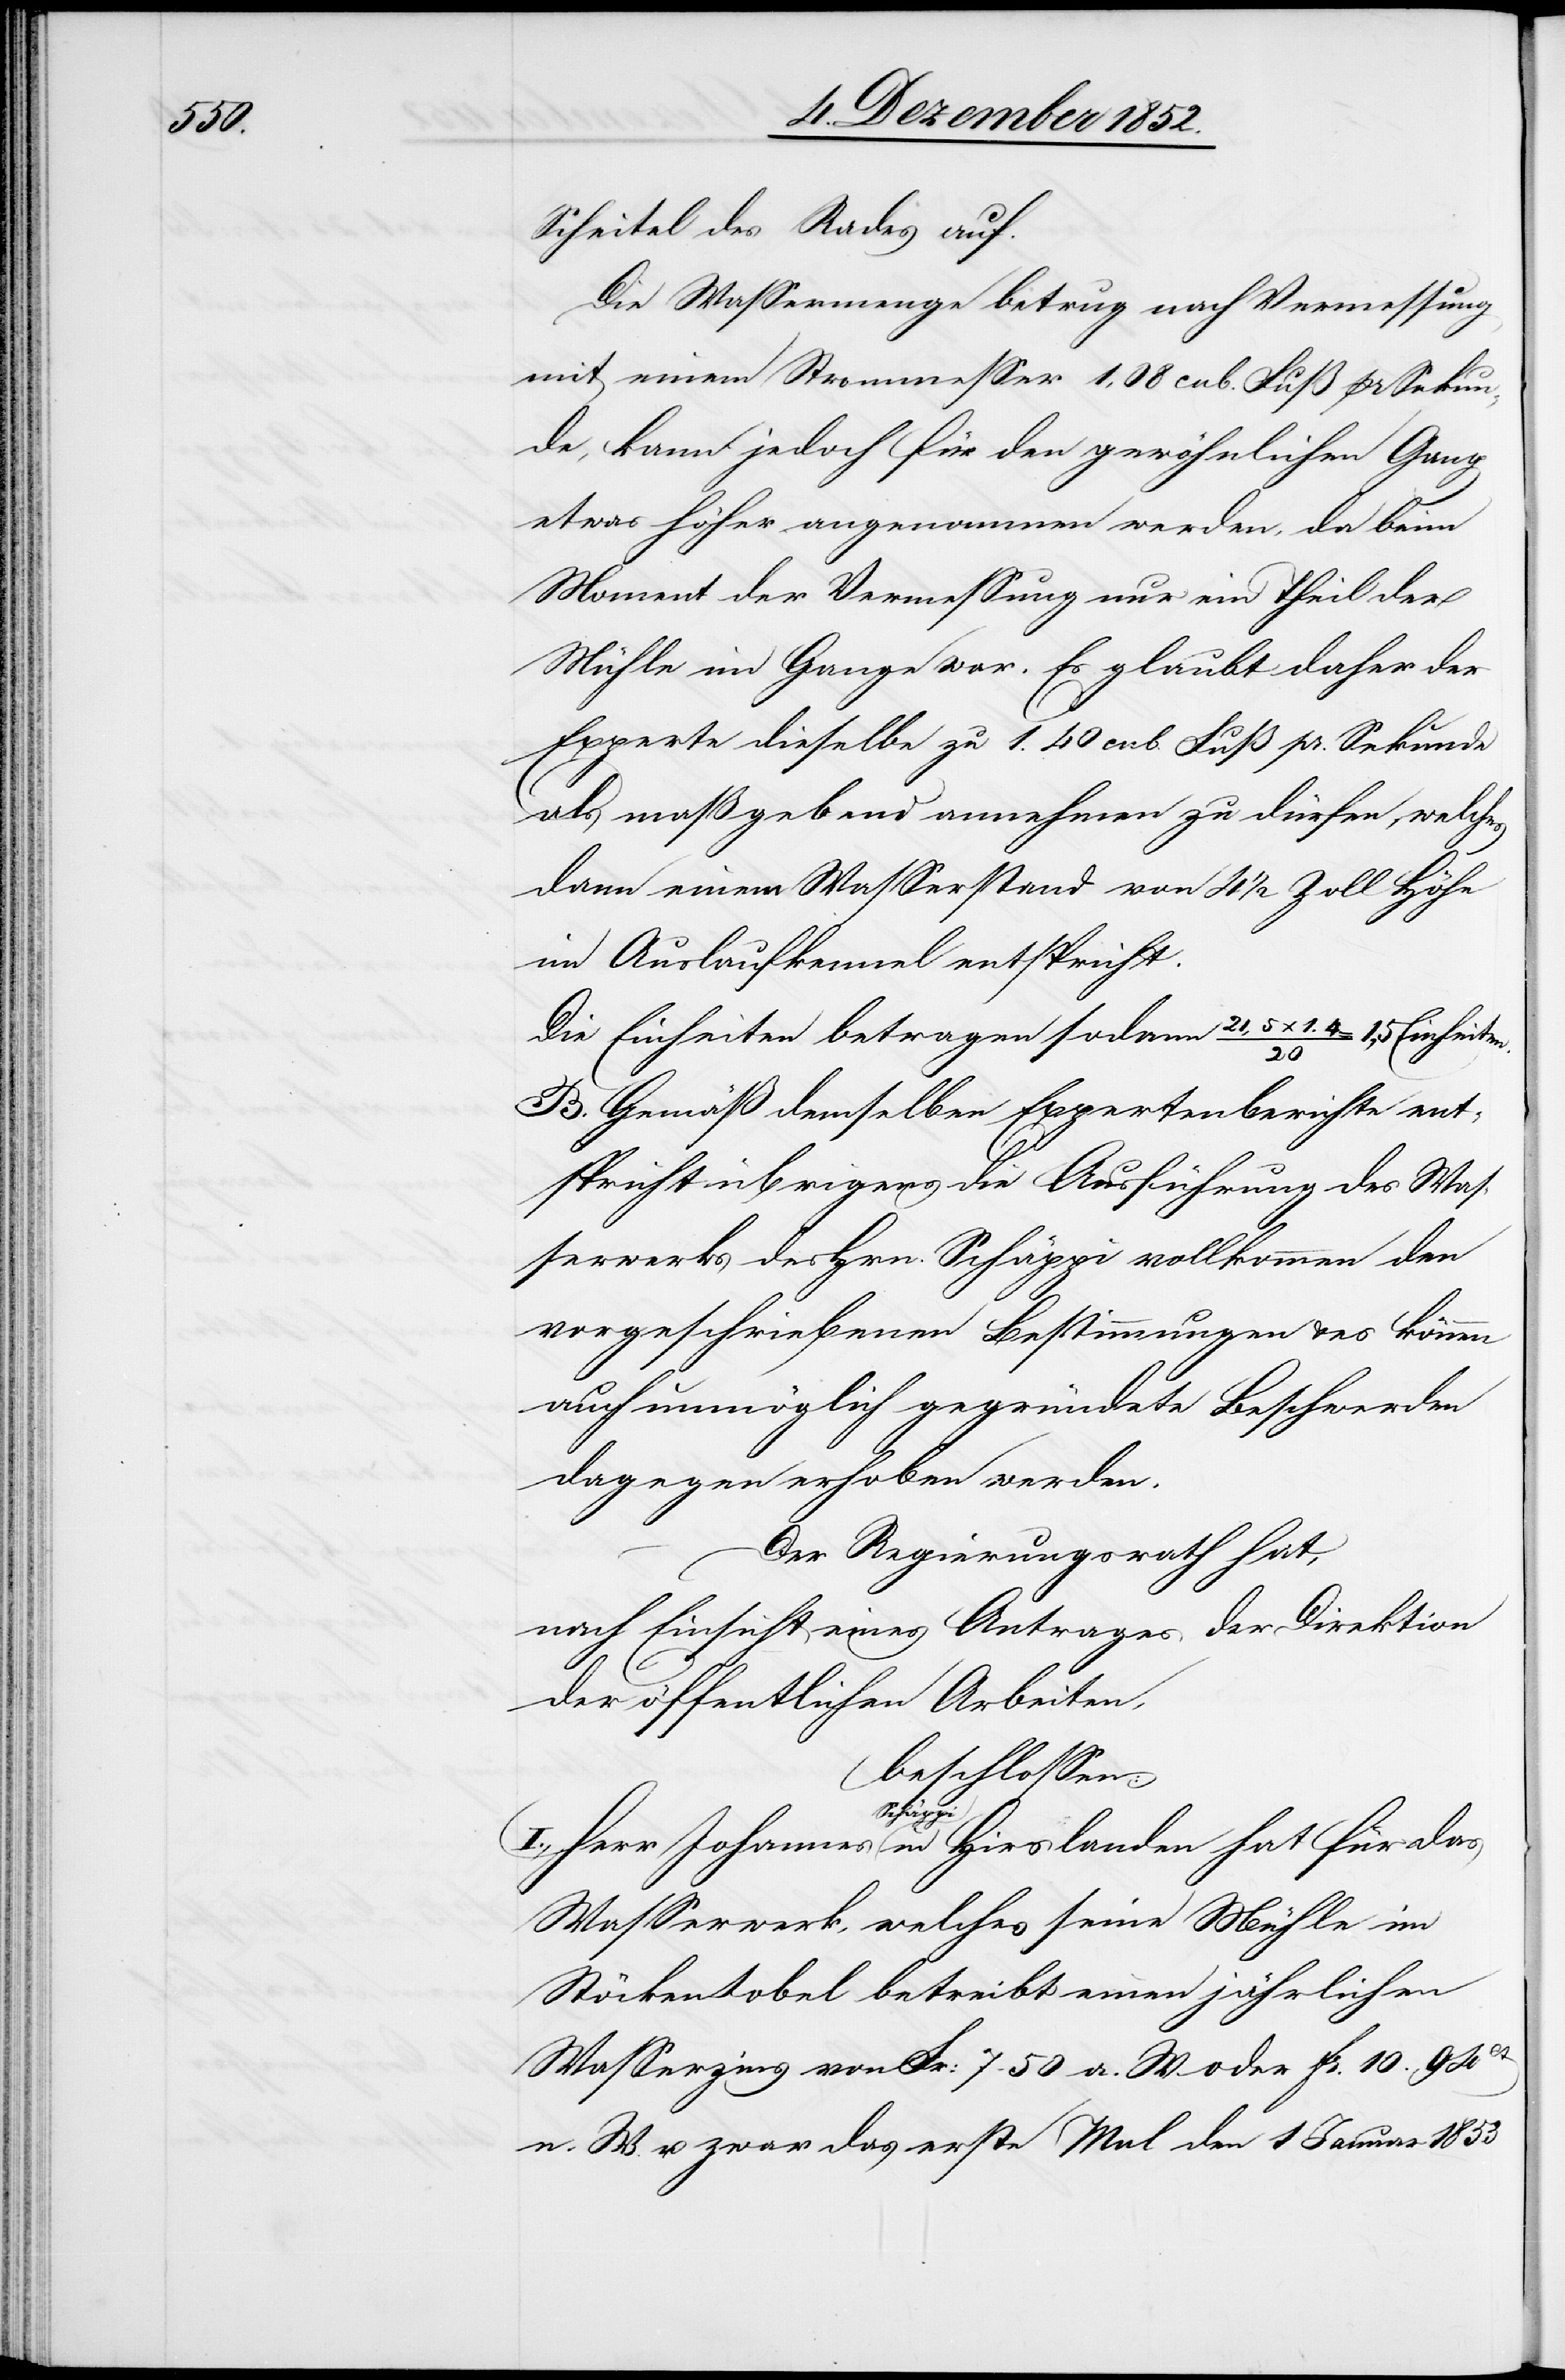
Scheitel des Rades auf.
Die Wassermenge betrug nach Vermessung
mit einem Strommesser 1,08 cub. Fuß pr Sekun¬
de, kann jedoch für den gewöhnlichen Gang
etwas höher angenommen werden, da beim
Moment der Vermessung nur ein Theil der
Mühle im Gange war. Es glaubt daher der
Experte dieselbe zu 1.40 cub. Fuß pr. Sekunde
als maßgebend annehmen zu dürfen, welches
dann einem Wasserstand von 4 1/2 Zoll Höhe
im Auslaufkennel entspricht.
Die Einheiten betragen sodann 21,5 x
20
B. Gemäß demselben Expertenberichte ent¬
spricht übrigens die Ausführung des Was¬
serwerks des Hrn. Schäppi vollkommen den
vorgeschriebenen Bestimmungen & es können
auch unmöglich gegründete Beschwerden
dagegen erhoben werden.
Der Regierungsrath hat,
nach Einsicht eines Antrages der Direktion
der öffentlichen Arbeiten,
beschlossen:
Joh¬
annes Schäppi in Hirslanden hat für das
Wasserwerk, welches seine Mühle im
Stöckentobel betreibt einen jährlichen
Wasserzins von Fr: 7. 50 a. W. oder fr. 10. 94Cts.
n. W. u. zwar das erste Mal den 1 Januar 1853